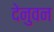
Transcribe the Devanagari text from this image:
देनुवन